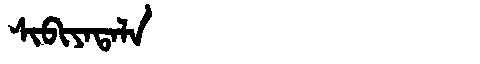
Manchu: ᠰᡳᠪᡳᠶᠠᡨᠠᠯᠠ
Romanization: SIBIYATALA